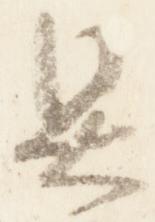
具